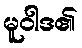
မူဝါဒ၏